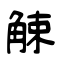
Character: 觫